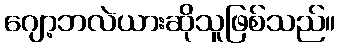
ဂျော့ဘလဲယားဆိုသူဖြစ်သည်။